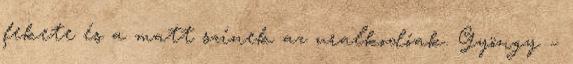
fekete és a matt színek az uralkodóak. Gyöngy –